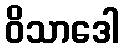
ဝိသာဒေါ